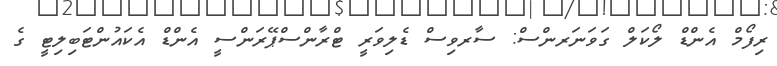
ރިފޯމް އެންޑް ލޯކަލް ގަވަނަރންސް: ސާރވިސް ޑެލިވަރީ ޓްރާންސްޕޭރަންސީ އެންޑް އެކައުންޓަބިލިޓީ ގެ